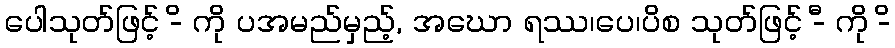
ပေါသုတ်ဖြင့် -ိ ကို ပအမည်မှည့်, အဃော ရဿ၊ပေ၊ပိစ သုတ်ဖြင့် -ီ ကို -ိ